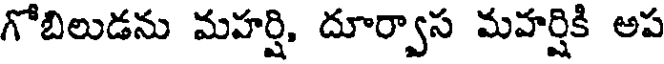
గోబిలుడను మహర్షి, దూర్వాస మహర్షికి అప